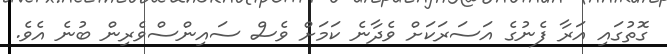
ގޮތުގައި އަރާ ފެނުގެ އަސަރަކަށް ވެދާނެ ކަމަށް ވެސް ސައިންސްވެރިން ބުނެ އެވެ.